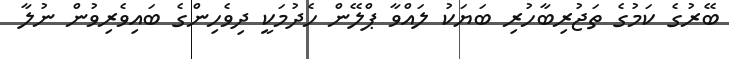
ބޭރުގެ ކަމުގެ ތަޖުރިބާހުރި ބަޔަކު ލައްވާ ޕްލޭން ހެދުމަކީ ދިވެހިންގެ ބައިވެރިވުން ނުލާ